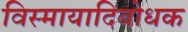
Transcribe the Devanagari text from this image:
विस्मायादिबोधक